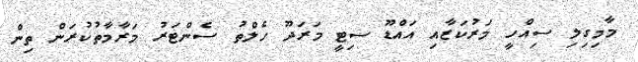
މާމިގިލި ސިއްހީ މަރުކަޒާއި އައްޑޫ ސިޓީ މަރަދޫ ހެލްތު ސެންޓަރު މަރާމާތުކުރަން ތިން